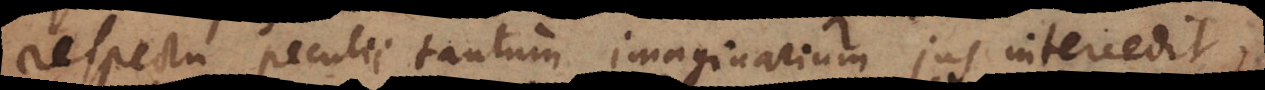
respectu peculii tantum imaginarium jus intercedit,